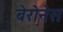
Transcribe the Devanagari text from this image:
बेरोनेस